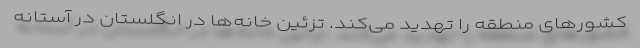
کشورهای منطقه را تهدید می‌کند. تزئین خانه‌ها در انگلستان در آستانه